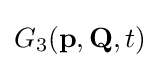
G_{3}(\mathbf {p} ,\mathbf {Q} ,t)